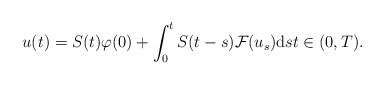
\begin{align*}u(t) = S(t) \varphi(0) + \int_{0}^{t} S(t - s) \mathcal{F}(u_{s}) \mathrm{d} s t \in (0, T).\end{align*}